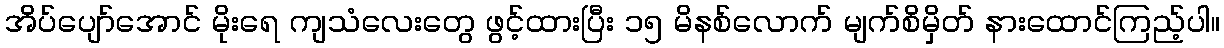
အိပ်ပျော်အောင် မိုးရေ ကျသံလေးတွေ ဖွင့်ထားပြီး ၁၅ မိနစ်လောက် မျက်စိမှိတ် နားထောင်ကြည့်ပါ။